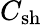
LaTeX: C_{\mathrm{sh}}